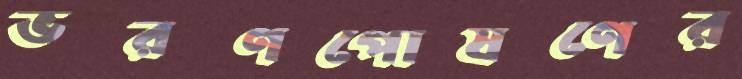
ভরণপোষণের